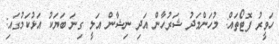
ހަވީރު ފޮޓޯތައް: މުހަންމަދު ޝަރުހާން އަދި ނިޝާން އަލީ ގިނަ ބަޔަކު އަޅުކަމުގައި: